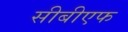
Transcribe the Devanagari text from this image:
सीबीएफ